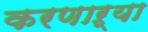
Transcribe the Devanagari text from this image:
करणाऱ्‍या